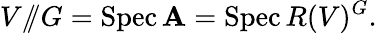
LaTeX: V/\! \! /G=\operatorname{Spec}\mathbf{A}=\operatorname{Spec}R(V)^{G}.